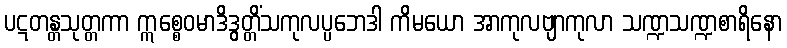
ပဋတန္တသုတ္တကာ ဣစ္စေဝမာဒိဒွတ္တိံသကုလပ္ပဘေဒါ ကိမယော အာကုလဗျာကုလာ သဏ္ဍသဏ္ဍစာရိနော